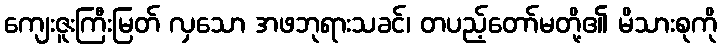
ကျေးဇူးကြီးမြတ် လှသော အဖဘုရားသခင်၊ တပည့်တော်မတို့၏ မိသားစုကို